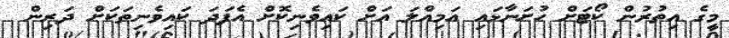
މީގެ އިތުރުން ކޯޓަށް ހުށަނާޅައި އަމިއްލަ އަށް ކައިވެނިކޮށް އެފަދަ ކައިވެނިތަކަށް ދަރިން